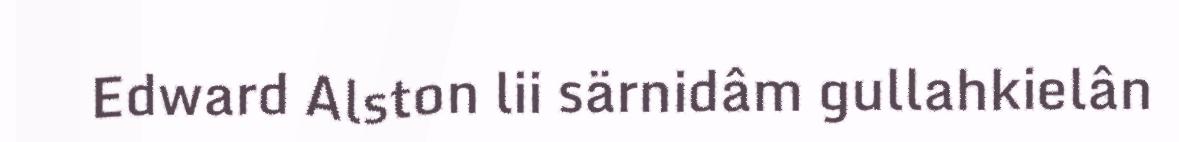
Edward Alston lii särnidâm gullahkielân